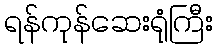
ရန်ကုန်ဆေးရုံကြီး